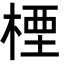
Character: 㮒